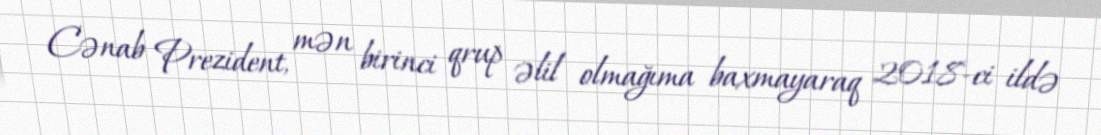
Cənab Prezident, mən birinci qrup əlil olmağıma baxmayaraq 2018-ci ildə